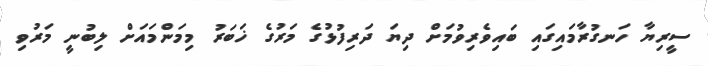
ސީރިޔާ ހަނގުރާމައިގައި ބައިވެރިވުމަށް ދިޔަ ދަރިފުޅުގެ މަރުގެ ޚަބަރު މިމަންމައަށް ލިބުނީ މަރުވި